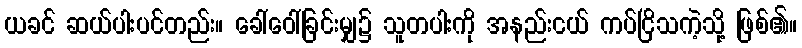
ယခင် ဆယ်ပါးပင်တည်း။ ခေါ်ဝေါ်ခြင်းမျှ၌ သူတပါးကို အနည်းငယ် ကပ်ငြိသကဲ့သို့ ဖြစ်၏။